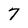
Character: 7